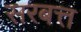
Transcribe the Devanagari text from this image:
सरबत्त